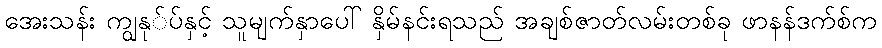
အေးသန်း ကျွနု်ပ်နှင့် သူမျက်နှာပေါ် နှိမ်နင်းရသည် အချစ်ဇာတ်လမ်းတစ်ခု ဖာနန်ဒက်စ်က